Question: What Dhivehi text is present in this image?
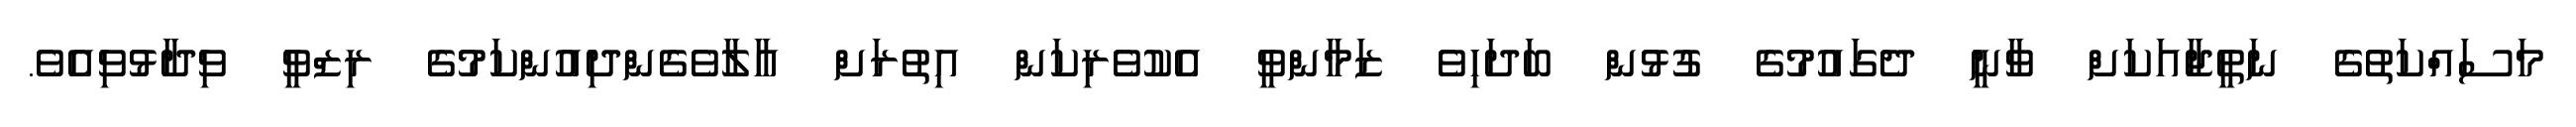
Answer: މަސައްކަތުގެ ނަތީޖާއަކަށް ވާނީ ދެގައުމުގެ ގުޅުން ބަދަހިވެ ޒަމާންވީ އެކުވެރިކަން އިތުރަށް އާލާވެގެންދިއުންކަމުގެ ރިޒްވީ ވިދާޅުވިއެވެ.